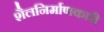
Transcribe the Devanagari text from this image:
शैलनिर्माणकारी